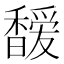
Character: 𩡖